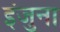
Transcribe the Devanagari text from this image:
इंजुना